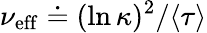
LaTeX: \nu_{\mathrm{eff}}\doteq(\ln\kappa)^{2}/\langle\tau\rangle